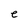
Character: e